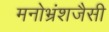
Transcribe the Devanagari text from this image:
मनोभ्रंशजैसी